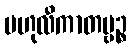
ဗဟုလီကာတဗ္ဗဉ္စ